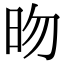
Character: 昒